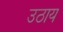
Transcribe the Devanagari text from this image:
उठाय